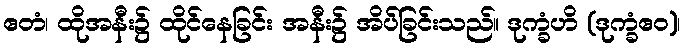
ဧတံ၊ ထိုအနီး၌ ထိုင်နေခြင်း အနီး၌ အိပ်ခြင်းသည်။ ဒုက္ခံဟိ (ဒုက္ခံဧဝ)၊